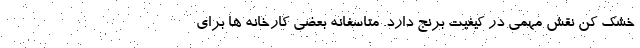
خشک کن نقش مهمی در کیفیت برنج دارد. متاسفانه بعضی کارخانه ها برای